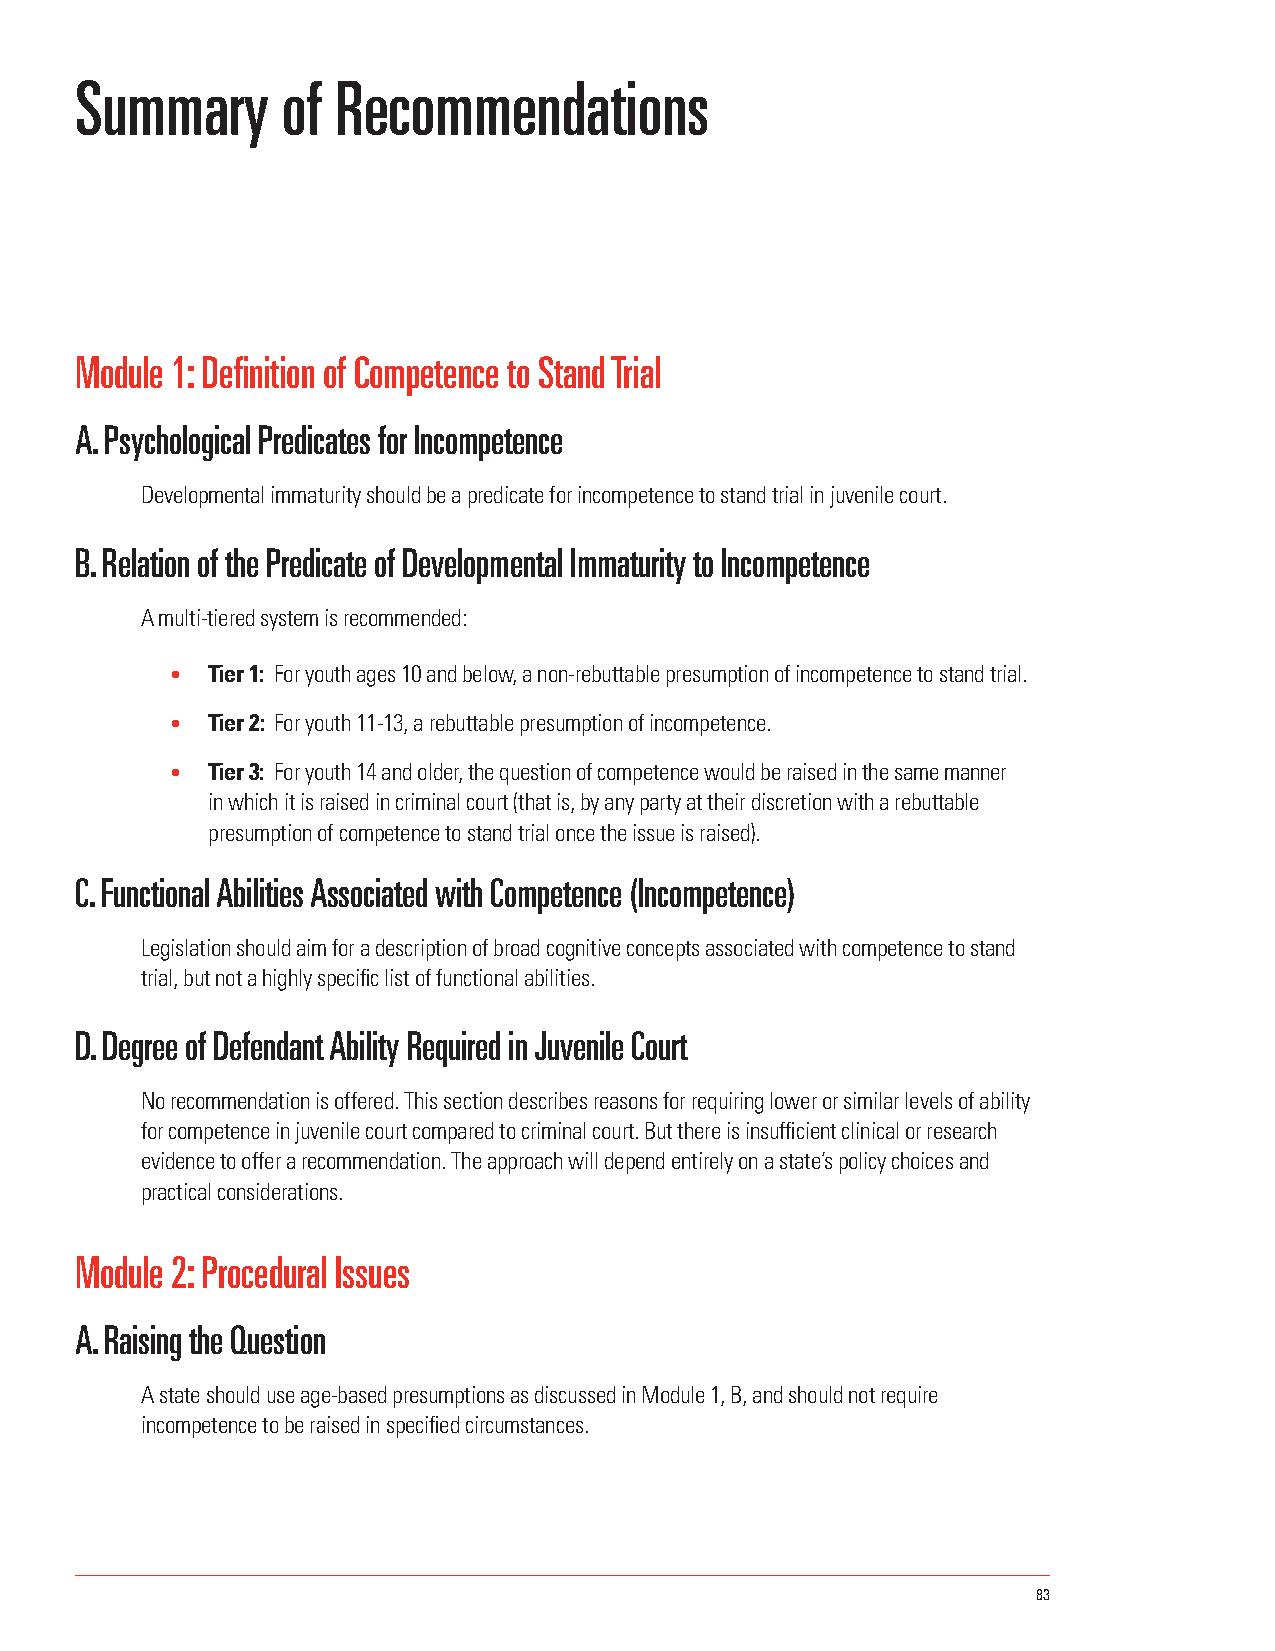
Summary       of Recommendations
 Module 1: Definition of Competence to Stand Trial
 A. Psychological Predicates for Incompetence
 Developmental immaturity should be a predicate for incompetence to stand trial in juvenile court.
 B. Relation of the Predicate of Developmental Immaturity to Incompetence
 A multi-tiered system is recommended:
 •  Tier 1: For youth ages 10 and below, a non-rebuttable presumption of incompetence to stand trial.
 •  Tier 2: For youth 11-13, a rebuttable presumption of incompetence.
 •  Tier 3: For youth 14 and older, the question of competence would be raised in the same manner
 in which it is raised in criminal court (that is, by any party at their discretion with a rebuttable
 presumption of competence to stand trial once the issue is raised).
 C. Functional Abilities Associated with Competence (Incompetence)
 Legislation should aim for a description of broad cognitive concepts associated with competence to stand
 trial, but not a highly specific list of functional abilities.
 D. Degree of Defendant Ability Required in Juvenile Court
 No recommendation is offered. This section describes reasons for requiring lower or similar levels of ability
 for competence in juvenile court compared to criminal court. But there is insufficient clinical or research
 evidence to offer a recommendation. The approach will depend entirely on a state’s policy choices and
 practical considerations.
 Module 2: Procedural Issues
 A. Raising the Question
 A state should use age-based presumptions as discussed in Module 1, B, and should not require
 incompetence to be raised in specified circumstances.
 83